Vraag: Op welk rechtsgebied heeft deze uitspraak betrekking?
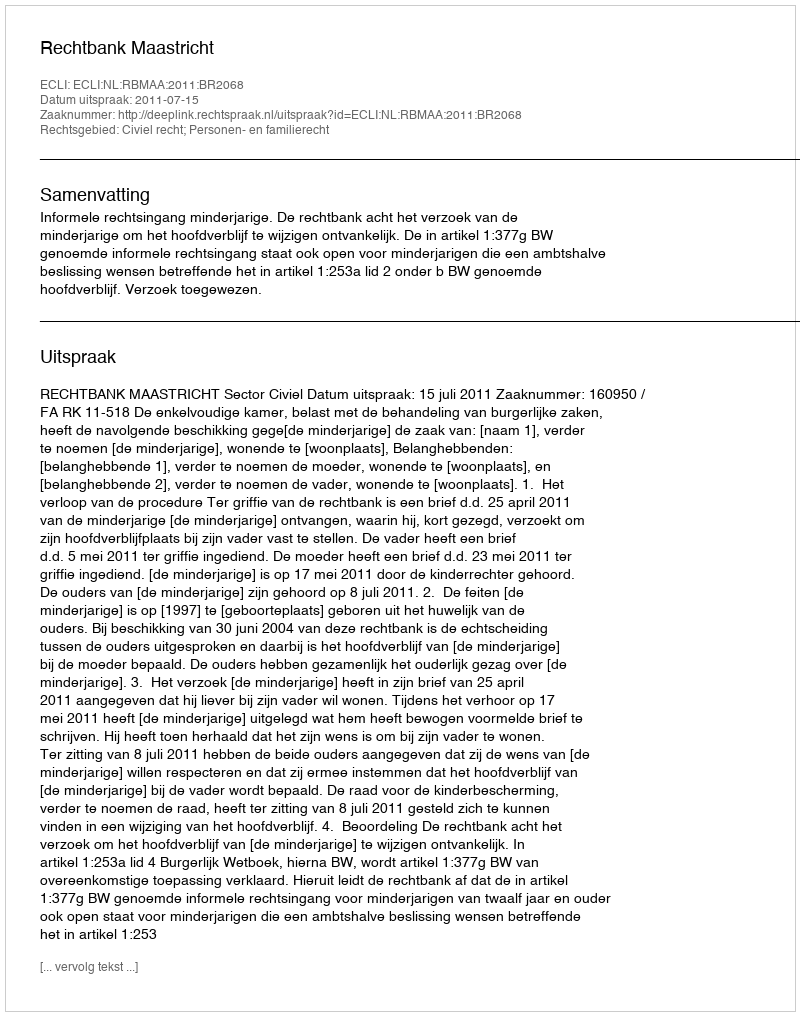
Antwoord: Civiel recht; Personen- en familierecht